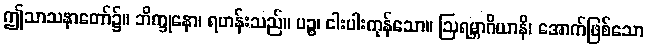
ဤသာသနာတော်၌။ ဘိက္ခုနော၊ ရဟန်းသည်။ ပဉ္စ၊ ငါးပါးကုန်သော။ ဩရမ္ဘာဂိယာနိ၊ အောက်ဖြစ်သော